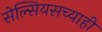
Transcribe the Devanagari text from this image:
सेल्सियसच्याही